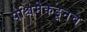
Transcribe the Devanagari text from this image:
पश्चिमेकडूनच